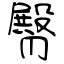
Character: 臀